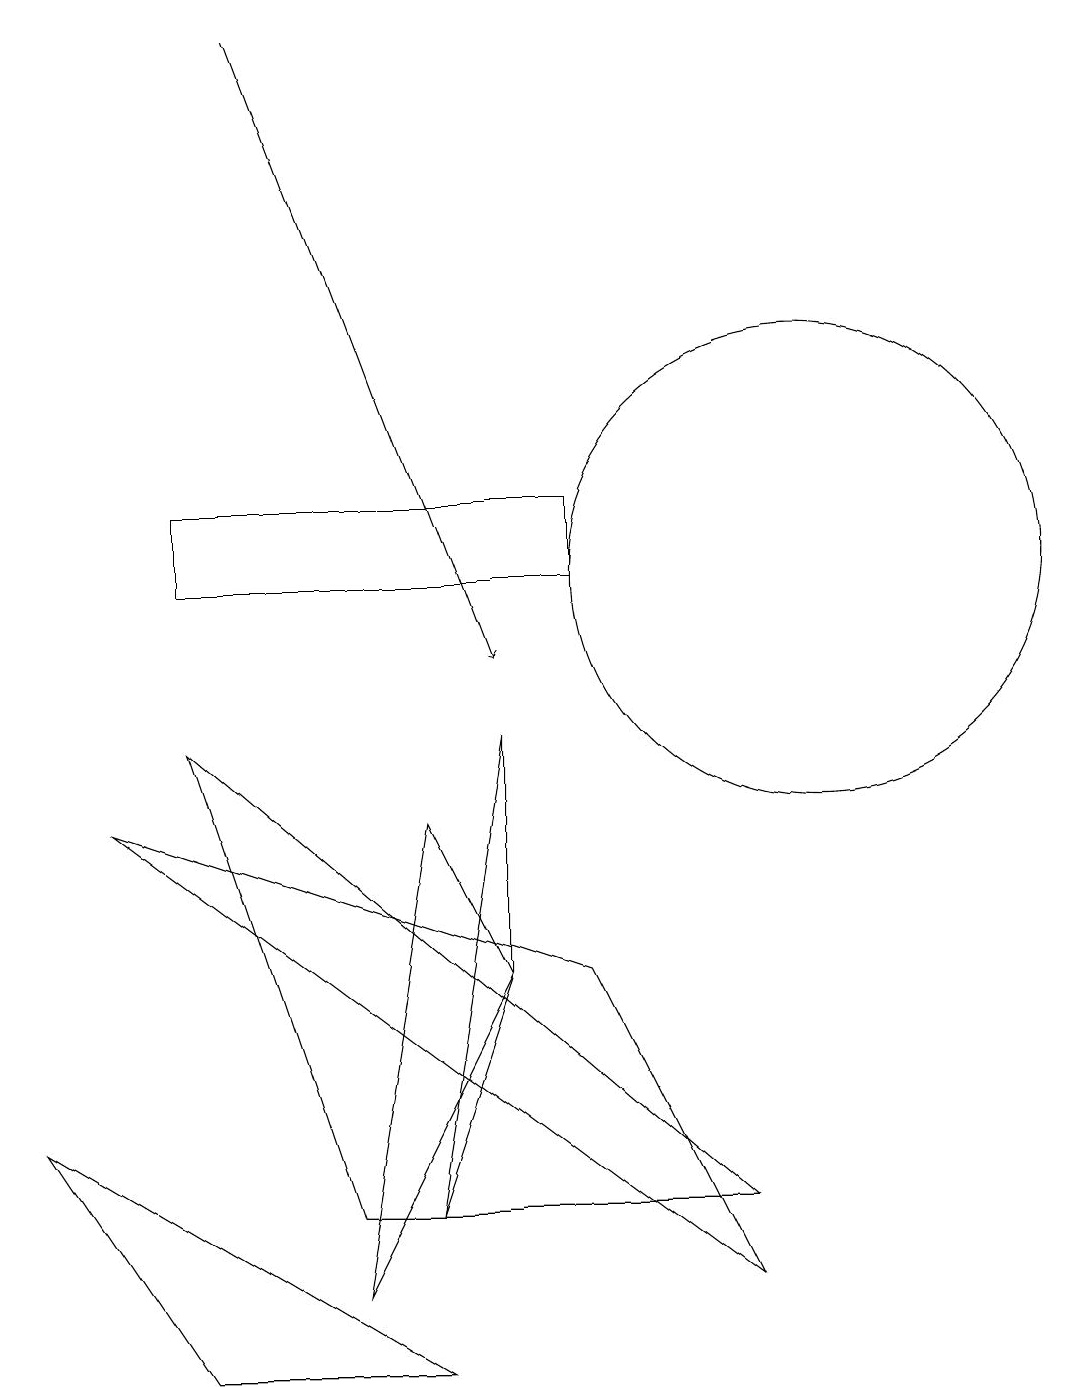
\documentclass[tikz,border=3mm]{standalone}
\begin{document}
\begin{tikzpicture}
\draw (10,11) circle (3);
\draw (7,6) -- (9,2) -- (1,8) -- cycle;
\draw[->] (3,18) -- (6,10);
\draw (7,11) rectangle (2,12);
\draw (5,3) -- (6,9) -- (6,6) -- cycle;
\draw (9,3) -- (2,9) -- (4,3) -- cycle;
\draw (5,1) -- (0,4) -- (2,1) -- cycle;
\draw (5,8) -- (6,6) -- (4,2) -- cycle;
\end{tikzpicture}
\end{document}